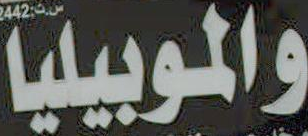
والموبيليا